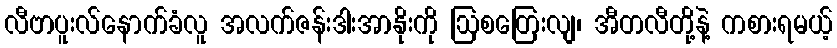
လီဗာပူးလ်နောက်ခံလူ အလက်ဇန်းဒါးအာနိုးကို ဩစတြေးလျ၊ အီတလီတို့နဲ့ ကစားရမယ့်